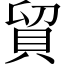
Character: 貿